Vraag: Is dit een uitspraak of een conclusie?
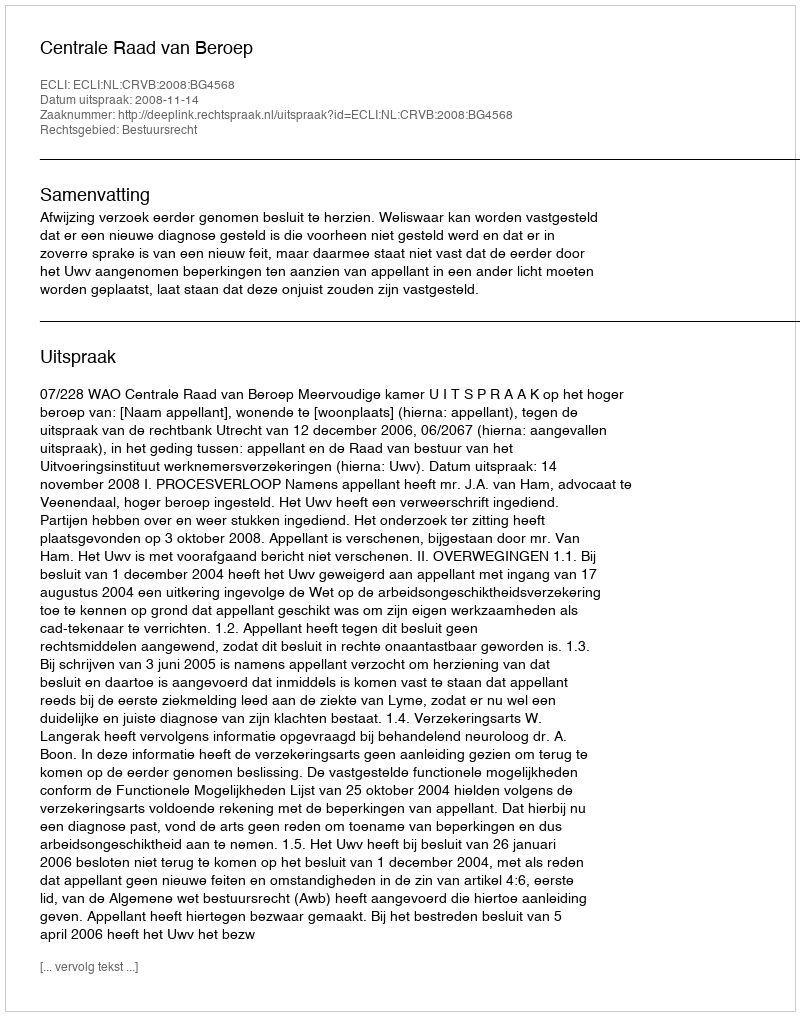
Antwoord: Uitspraak